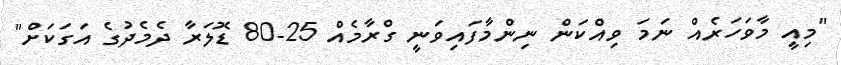
"މިއީ މާވަހަރެއް ނަމަ ވިއްކަން ނިންމާފައިވަނީ ގްރާމެއް 25-80 ޑޮލަރާ ދެމެދުގެ އަގަކަށް"